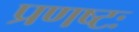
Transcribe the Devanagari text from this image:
प्रणष्टः